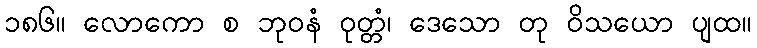
၁၈၆။ လောကော စ ဘုဝနံ ဝုတ္တံ၊ ဒေသော တု ဝိသယော ပျထ။